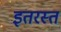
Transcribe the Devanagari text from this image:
इतरस्त